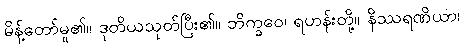
မိန့်တော်မူ၏။ ဒုတိယသုတ်ပြီး၏။ ဘိက္ခဝေ၊ ရဟန်းတို့။ နိဿရဏိယာ၊